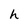
Character: h